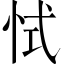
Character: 恜